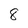
Character: 8